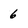
Character: 6